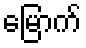
မြောက်